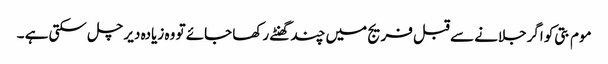
موم بتی کو اگرجلانے سے قبل فریج میں چند گھنٹے رکھا جائے تو وہ زیادہ دیر چل سکتی ہے ۔